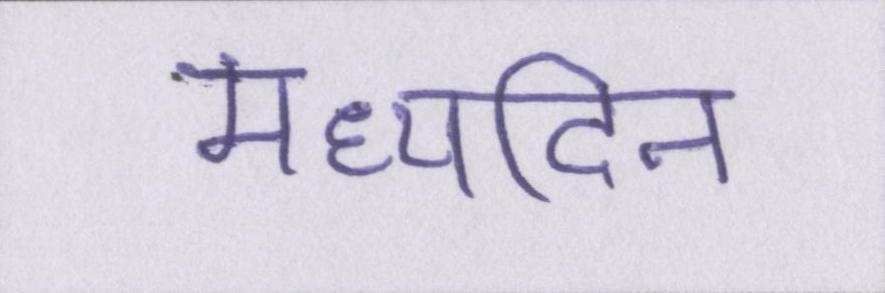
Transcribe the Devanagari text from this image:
मध्यदिन